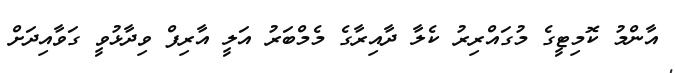
އާންމު ކޮމިޓީގެ މުގައްރިރު ކެލާ ދާއިރާގެ މެމްބަރު އަލީ އާރިފް ވިދާޅުވީ ގަވާއިދަށް